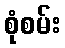
စုံစမ်း